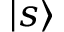
| s \rangle